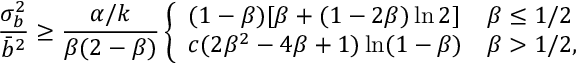
\frac { \sigma _ { b } ^ { 2 } } { \bar { b } ^ { 2 } } \ge \frac { \alpha / k } { \beta ( 2 - \beta ) } \left\{ \begin{array} { l l } { ( 1 - \beta ) [ \beta + ( 1 - 2 \beta ) \ln 2 ] } & { \beta \le 1 / 2 } \\ { c ( 2 \beta ^ { 2 } - 4 \beta + 1 ) \ln ( 1 - \beta ) } & { \beta > 1 / 2 , } \end{array} \right.